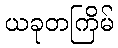
ယခုတကြိမ်